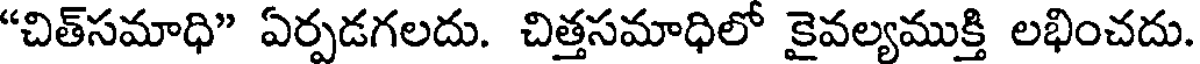
"చిత్సమాధి" ఏర్పడగలదు. చిత్తసమాధిలో కైవల్యముక్తి లభించదు.